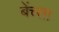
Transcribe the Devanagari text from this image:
बेंच्ता